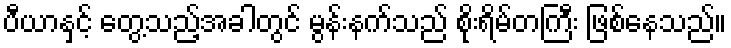
ပီယာနှင့် တွေ့သည့်အခါတွင် မွန်းနက်သည် စိုးရိမ်တကြီး ဖြစ်နေသည်။